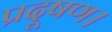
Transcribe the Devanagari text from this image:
प्रदूषण।